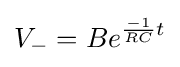
V_{-}=Be^{{\frac {-1}{RC}}t}